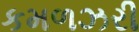
કમળઝરી